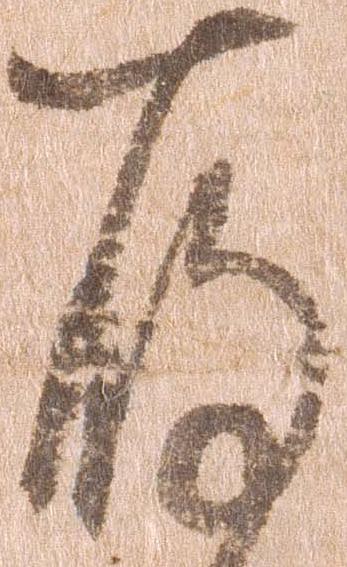
存